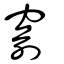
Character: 窬